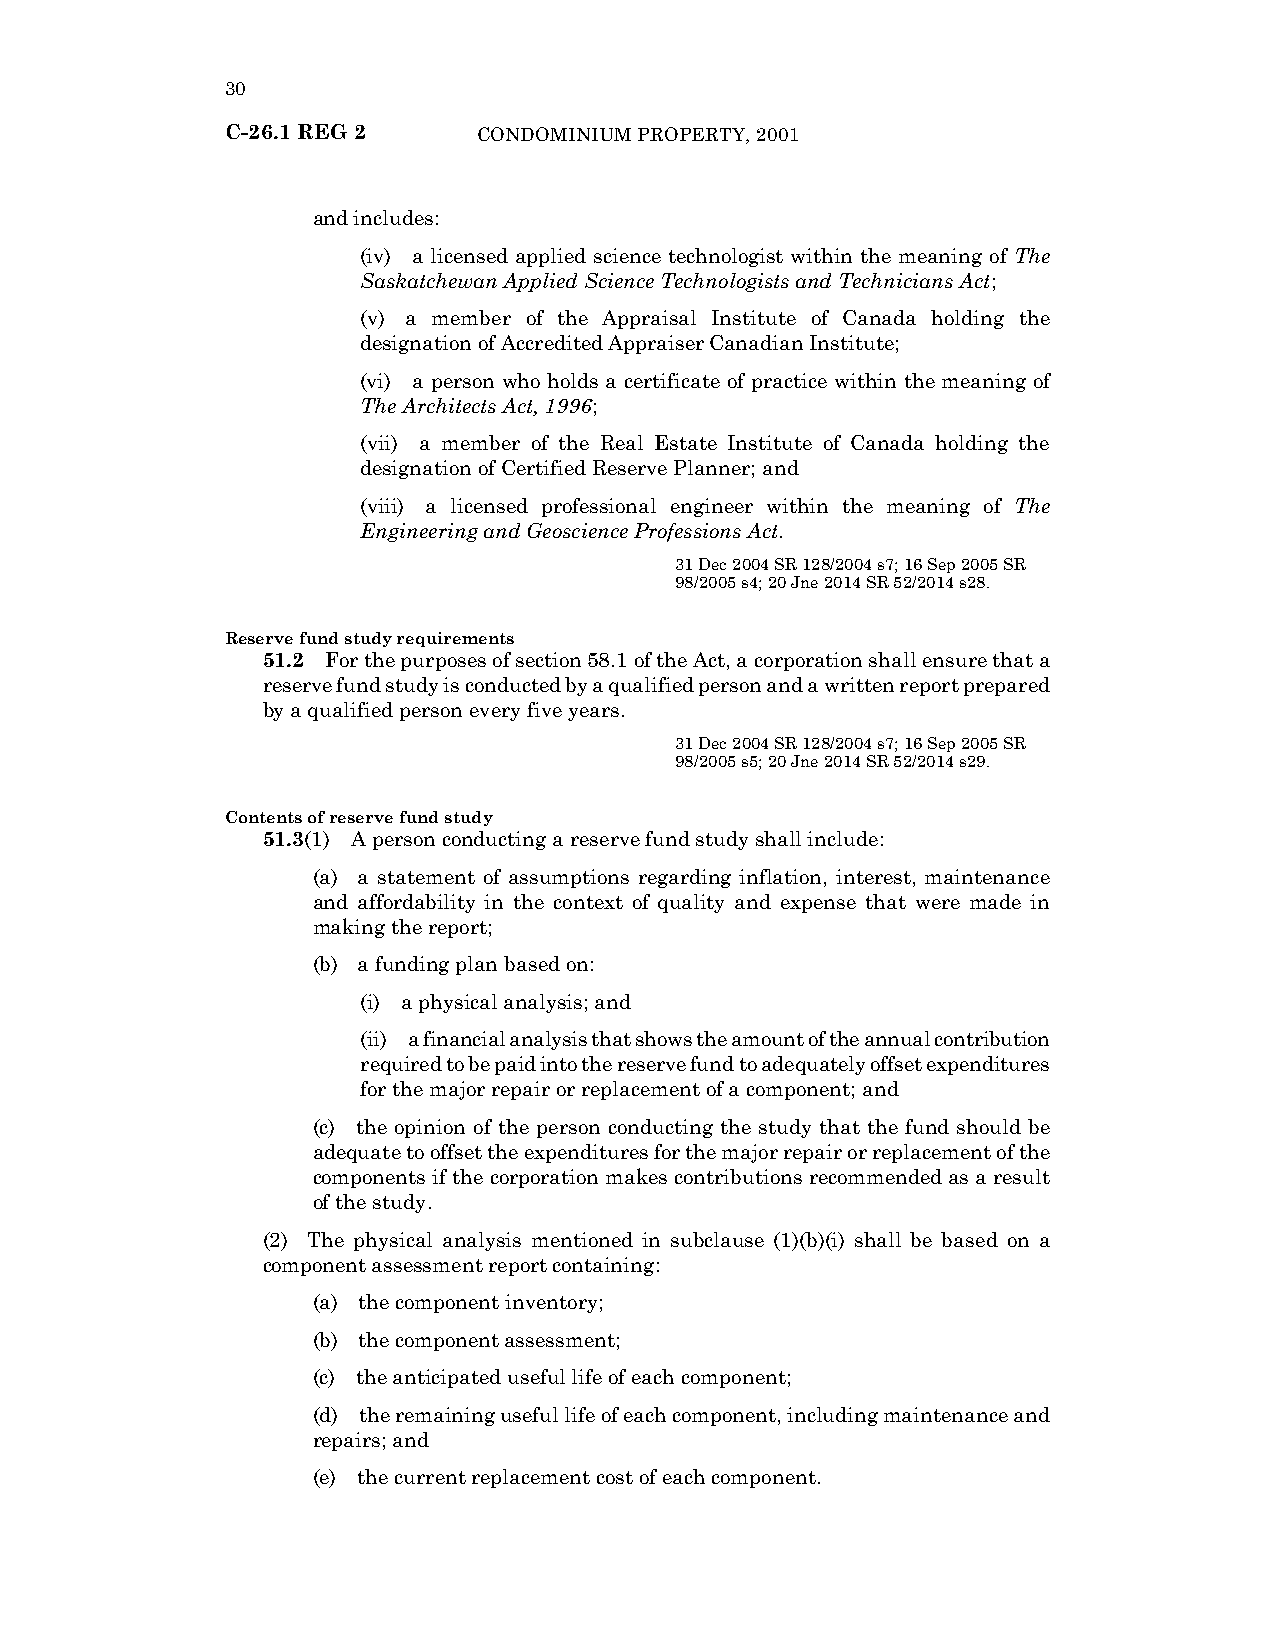
30
 C-26.1 REG 2     CONDOMINIUM PROPERTY, 2001
 and includes:
 (iv) a licensed applied science technologist within the meaning of The
 Saskatchewan Applied Science Technologists and Technicians Act;
 (v) a member of the Appraisal Institute of Canada holding the
 designation of Accredited Appraiser Canadian Institute;
 (vi) a person who holds a certificate of practice within the meaning of
 The Architects Act, 1996;
 (vii) a member of the Real Estate Institute of Canada holding the
 designation of Certified Reserve Planner; and
 (viii) a licensed professional engineer within the meaning of The
 Engineering and Geoscience Professions Act.
 31 Dec 2004 SR 128/2004 s7; 16 Sep 2005 SR
 98/2005 s4; 20 Jne 2014 SR 52/2014 s28.
 Reserve fund study requirements
 51.2 For the purposes of section 58.1 of the Act, a corporation shall ensure that a
 reserve fund study is conducted by a qualified person and a written report prepared
 by a qualified person every five years.
 31 Dec 2004 SR 128/2004 s7; 16 Sep 2005 SR
 98/2005 s5; 20 Jne 2014 SR 52/2014 s29.
 Contents of reserve fund study
 51.3(1) A person conducting a reserve fund study shall include:
 (a) a statement of assumptions regarding inflation, interest, maintenance
 and affordability in the context of quality and expense that were made in
 making the report;
 (b) a funding plan based on:
 (i) a physical analysis; and
 (ii) a financial analysis that shows the amount of the annual contribution
 required to be paid into the reserve fund to adequately offset expenditures
 for the major repair or replacement of a component; and
 (c) the opinion of the person conducting the study that the fund should be
 adequate to offset the expenditures for the major repair or replacement of the
 components if the corporation makes contributions recommended as a result
 of the study.
 (2) The physical analysis mentioned in subclause (1)(b)(i) shall be based on a
 component assessment report containing:
 (a) the component inventory;
 (b) the component assessment;
 (c) the anticipated useful life of each component;
 (d) the remaining useful life of each component, including maintenance and
 repairs; and
 (e) the current replacement cost of each component.